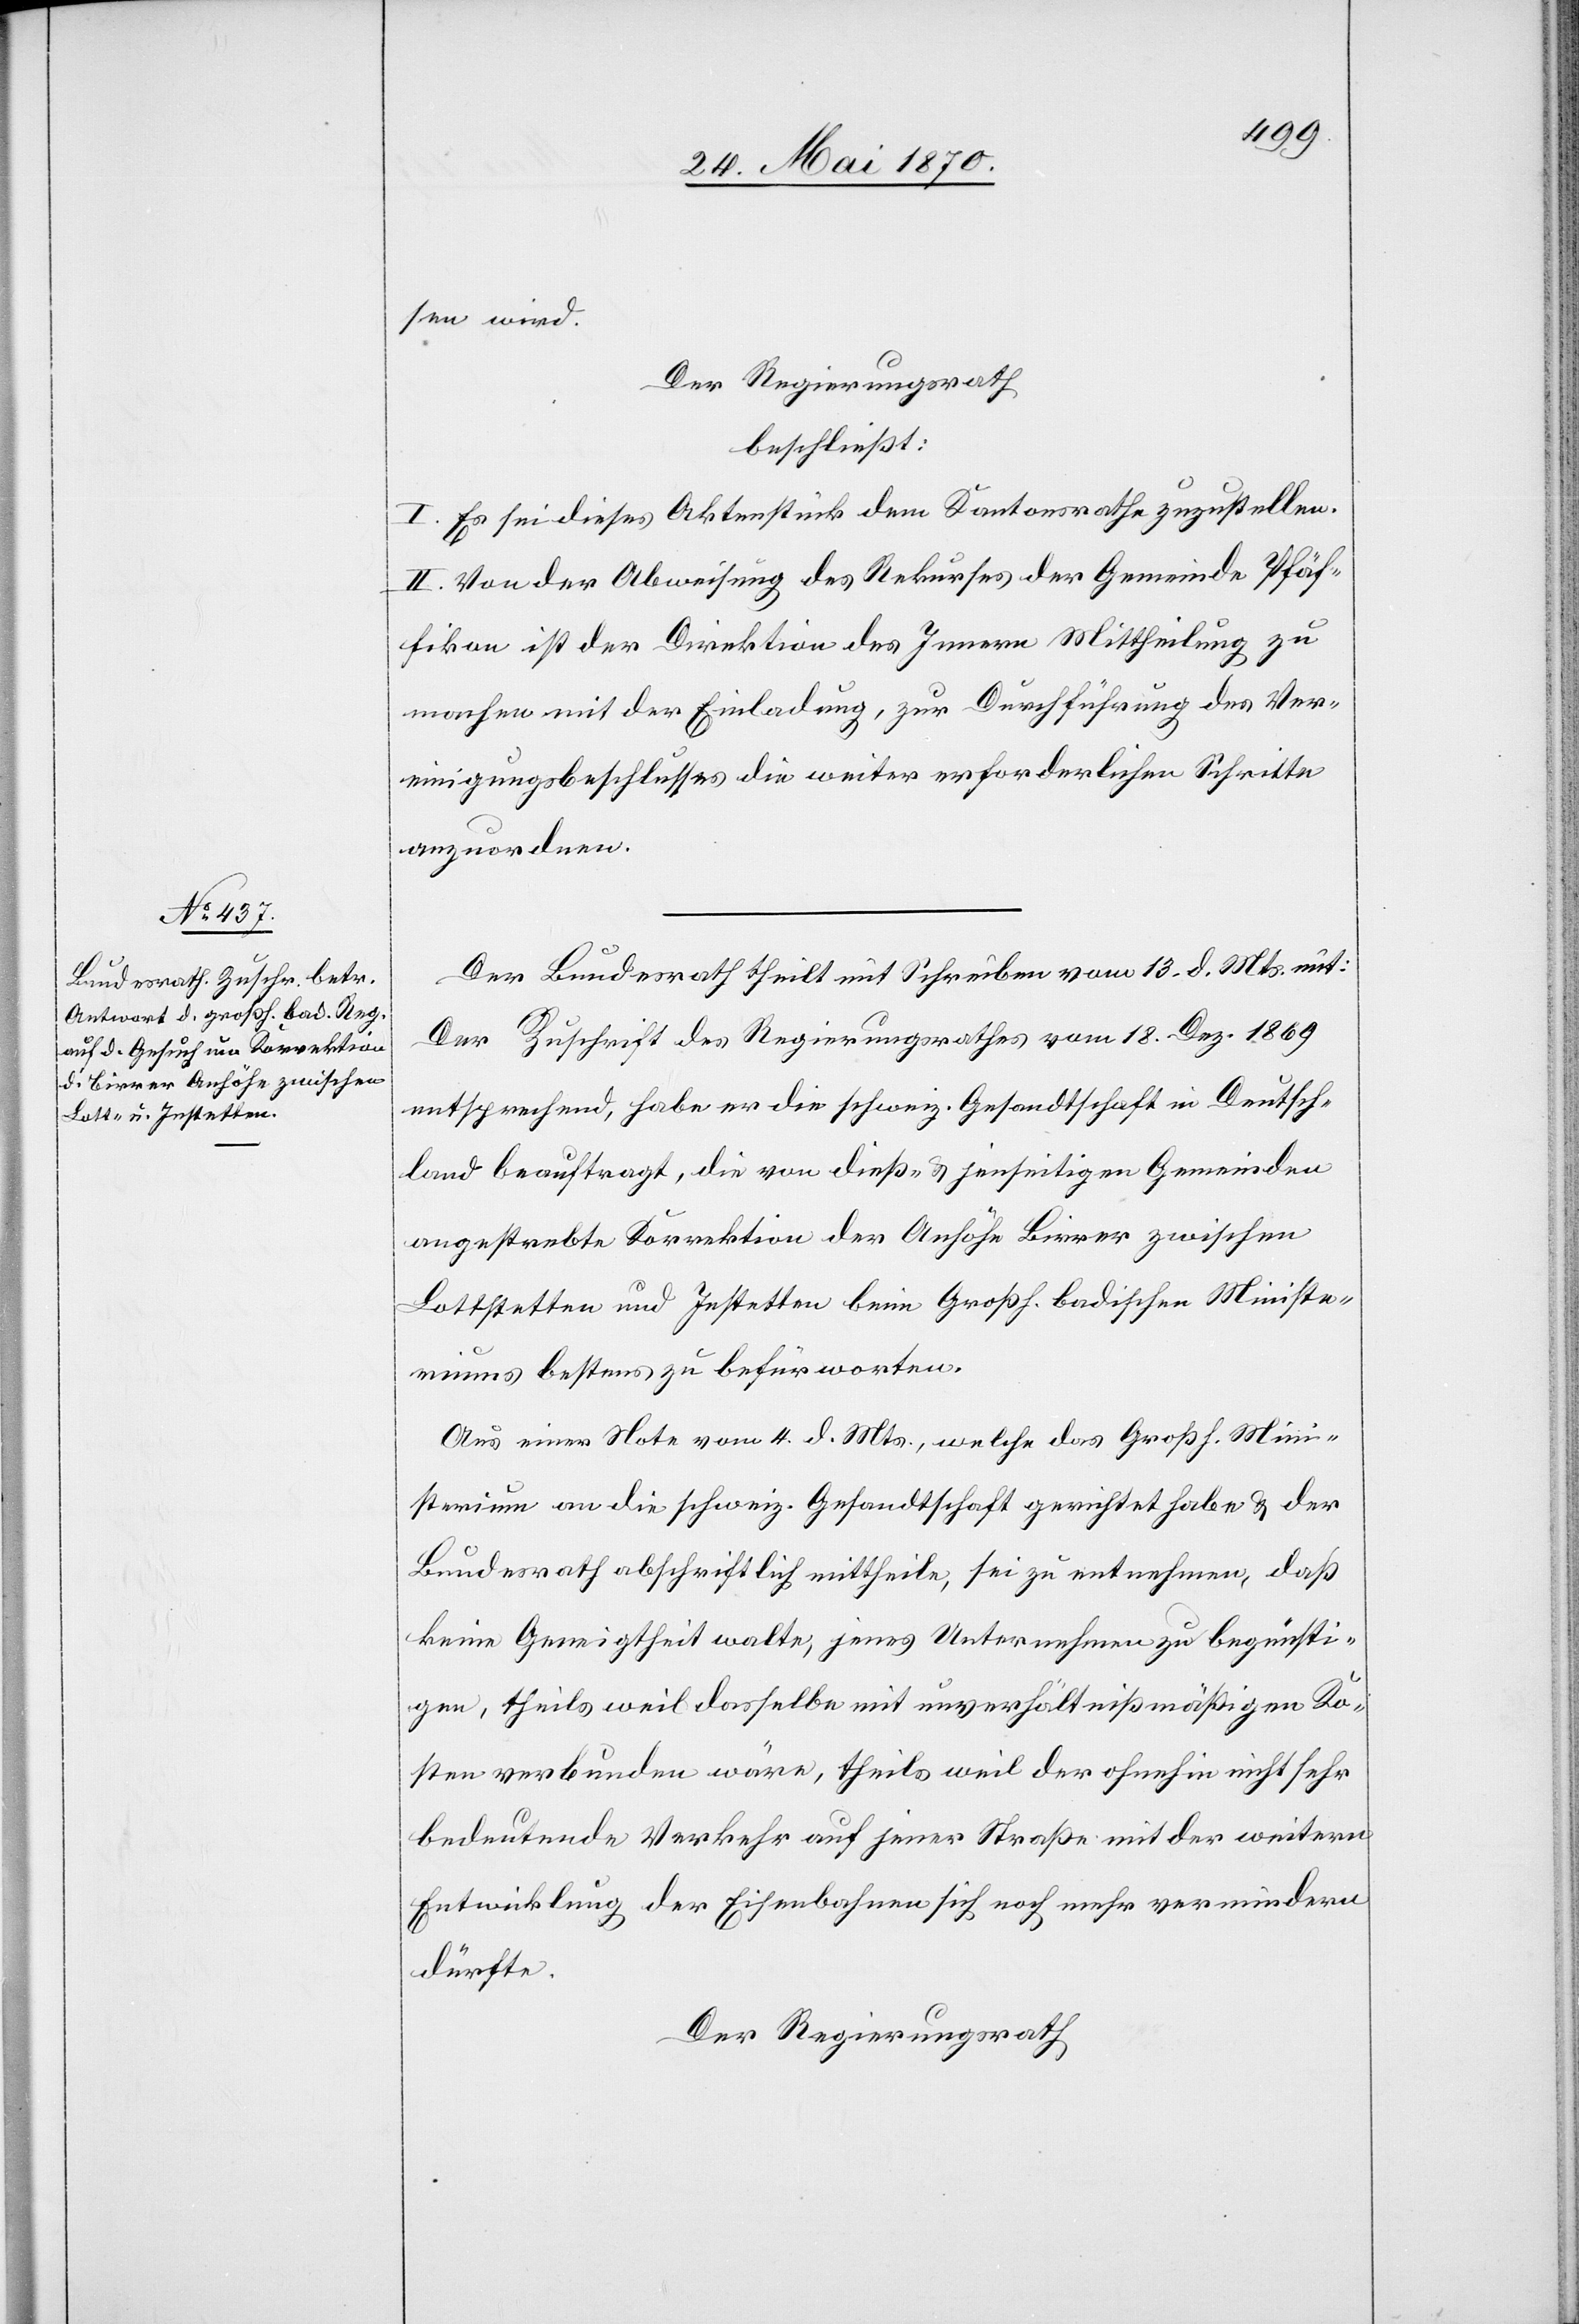
sen wird.
Der Regierungsrath
beschließt:
I. Es sei dieses Aktenstück dem Kantonsrathe zuzustellen.
II. Von der Abweisung des Rekurses der Gemeinde Pfäf¬
fikon ist der Direktion des Innern Mittheilung zu
machen mit der Einladung, zur Durchführung des Ver¬
einigungsbeschlusses die weiter erforderlichen Schritte
anzuordnen.
Der Bundesrath theilt mit Schreiben vom 13. d. Mts. mit:
Der Zuschrift des Regierungsrathes vom 18. Dez. 1869
entsprechend, habe er die schweiz. Gesandtschaft in Deutsch¬
land beauftragt, die von dieß- & jenseitigen Gemeinden
angestrebte Korrektion der Anhöhe Birrer zwischen
Lottstetten und Jestetten beim Großh. badischen Ministe¬
riums bestens zu befürworten.
Aus einer Note vom 4. d. Mts., welche das Großh. Mini¬
sterium an die schweiz. Gesandtschaft gerichtet habe & der
Bundesrath abschriftlich mittheile, sei zu entnehmen, daß
keine Geneigtheit walte, jenes Unternehmen zu begünsti¬
gen, theils weil dasselbe mit unverhältnißmäßigen Ko¬
sten verbunden wäre, theils weil der ohnehin nicht sehr
bedeutende Verkehr auf jener Straße mit der weitern
Entwicklung der Eisenbahnen sich noch mehr vermindern
dürfte.
Der Regierungsrath